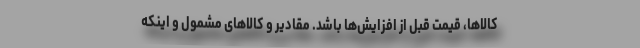
کالاها، قیمت قبل از افزایش‌ها باشد. مقادیر و کالاهای مشمول و اینکه